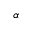
\alpha